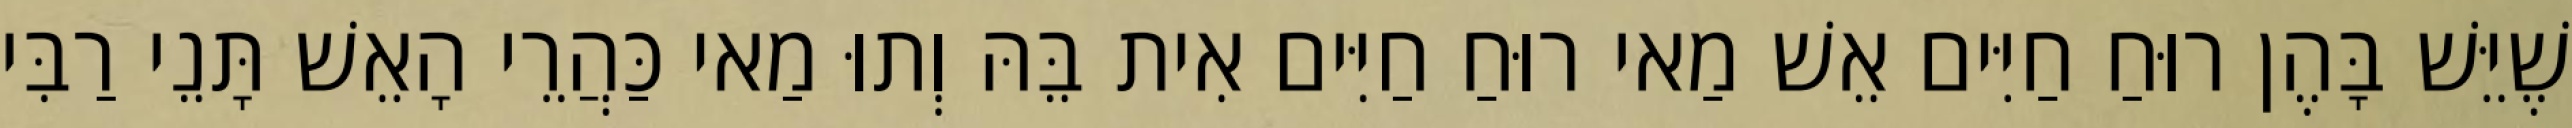
שֶׁיֵּשׁ בָּהֶן רוּחַ חַיִּים אֵשׁ מַאי רוּחַ חַיִּים אִית בֵּהּ וְתוּ מַאי כַּהֲרֵי הָאֵשׁ תָּנֵי רַבִּי